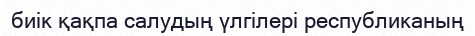
биік қақпа салудың үлгілері республиканың